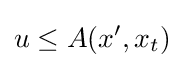
u\leq A(x',x_{t})